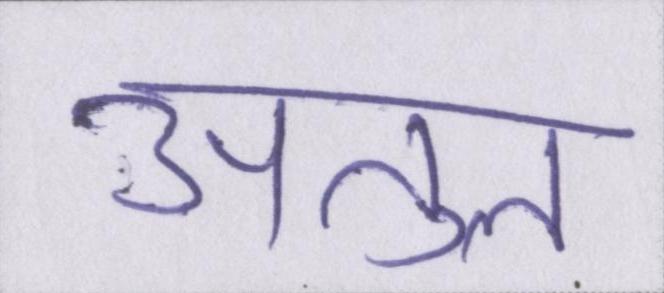
अतुल